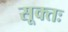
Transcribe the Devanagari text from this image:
सूक्तः